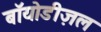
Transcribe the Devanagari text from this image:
बॉयोडीज़ल